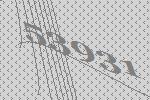
53931